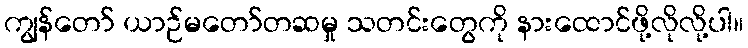
ကျွန်တော် ယာဉ်မတော်တဆမှု သတင်းတွေကို နားထောင်ဖို့လိုလို့ပါ။